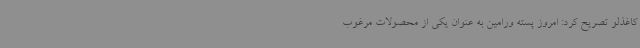
کاغذلو تصریح کرد: امروز پسته ورامین به عنوان یکی از محصولات مرغوب